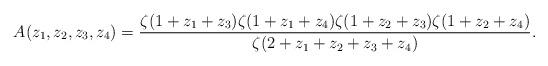
LaTeX: \begin{align*}A(z_1,z_2,z_3,z_4) = \frac{\zeta(1+z_1 + z_3)\zeta(1+z_1 + z_4)\zeta(1+z_2 + z_3)\zeta(1+z_2 + z_4)}{\zeta(2+z_1 + z_2+ z_3 + z_4)}.\end{align*}